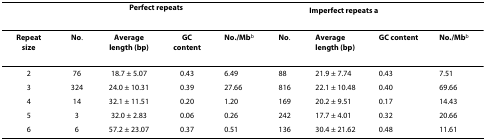
<table><thead><tr><td></td><td></td><td colspan="2"><b>Perfect repeats</b></td><td></td><td></td><td colspan="3"><b>Imperfect repeats <sup>a</sup></b></td></tr></thead><tbody><tr><td><b>Repeat size</b></td><td><b>No</b>.</td><td><b>Average length (bp)</b></td><td><b>GC content</b></td><td><b>No./Mb</b><sup>b</sup></td><td><b>No</b>.</td><td><b>Average length (bp)</b></td><td><b>GC content</b></td><td><b>No./Mb</b><sup>b</sup></td></tr><tr><td>2</td><td>76</td><td>18.7 ± 5.07</td><td>0.43</td><td>6.49</td><td>88</td><td>21.9 ± 7.74</td><td>0.43</td><td>7.51</td></tr><tr><td>3</td><td>324</td><td>24.0 ± 10.31</td><td>0.39</td><td>27.66</td><td>816</td><td>22.1 ± 10.48</td><td>0.40</td><td>69.66</td></tr><tr><td>4</td><td>14</td><td>32.1 ± 11.51</td><td>0.20</td><td>1.20</td><td>169</td><td>20.2 ± 9.51</td><td>0.17</td><td>14.43</td></tr><tr><td>5</td><td>3</td><td>32.0 ± 2.83</td><td>0.06</td><td>0.26</td><td>242</td><td>17.7 ± 4.01</td><td>0.32</td><td>20.66</td></tr><tr><td>6</td><td>6</td><td>57.2 ± 23.07</td><td>0.37</td><td>0.51</td><td>136</td><td>30.4 ± 21.62</td><td>0.48</td><td>11.61</td></tr></tbody></table>